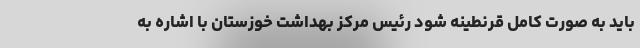
باید به صورت کامل قرنطینه شود رئیس مرکز بهداشت خوزستان با اشاره به